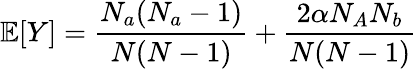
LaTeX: \mathbb{E}[Y]=\frac{N_{a}(N_{a}-1)}{N(N-1)}+\frac{2\alpha N_{A}N_{b}}{N(N-1)}